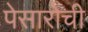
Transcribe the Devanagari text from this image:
पेसारोची